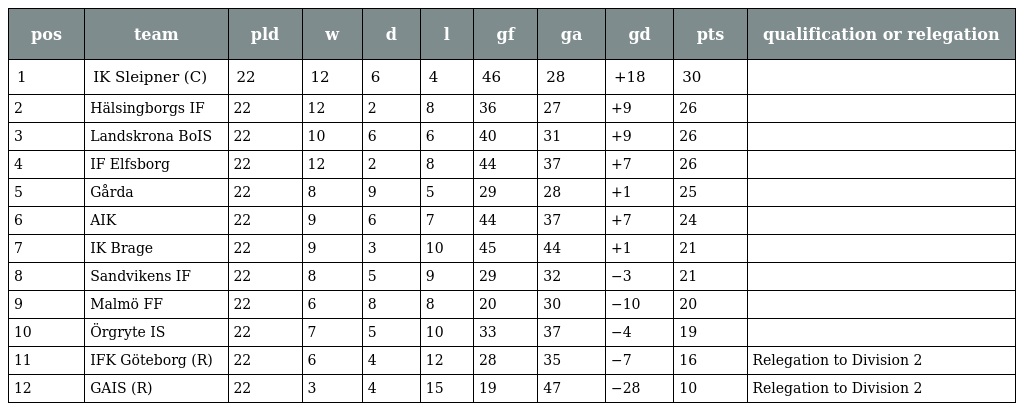
| pos | team | pld | w | d | l | gf | ga | gd | pts | qualification or relegation |
 | --- | --- | --- | --- | --- | --- | --- | --- | --- | --- | --- |
 | 1 | IK Sleipner (C) | 22 | 12 | 6 | 4 | 46 | 28 | +18 | 30 |  |
 | 2 | Hälsingborgs IF | 22 | 12 | 2 | 8 | 36 | 27 | +9 | 26 |  |
 | 3 | Landskrona BoIS | 22 | 10 | 6 | 6 | 40 | 31 | +9 | 26 |  |
 | 4 | IF Elfsborg | 22 | 12 | 2 | 8 | 44 | 37 | +7 | 26 |  |
 | 5 | Gårda | 22 | 8 | 9 | 5 | 29 | 28 | +1 | 25 |  |
 | 6 | AIK | 22 | 9 | 6 | 7 | 44 | 37 | +7 | 24 |  |
 | 7 | IK Brage | 22 | 9 | 3 | 10 | 45 | 44 | +1 | 21 |  |
 | 8 | Sandvikens IF | 22 | 8 | 5 | 9 | 29 | 32 | −3 | 21 |  |
 | 9 | Malmö FF | 22 | 6 | 8 | 8 | 20 | 30 | −10 | 20 |  |
 | 10 | Örgryte IS | 22 | 7 | 5 | 10 | 33 | 37 | −4 | 19 |  |
 | 11 | IFK Göteborg (R) | 22 | 6 | 4 | 12 | 28 | 35 | −7 | 16 | Relegation to Division 2 |
 | 12 | GAIS (R) | 22 | 3 | 4 | 15 | 19 | 47 | −28 | 10 | Relegation to Division 2 |